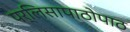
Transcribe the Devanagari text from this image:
पर्लिसापाठोपाठ